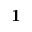
{ \bf 1 }